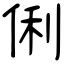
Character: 俐